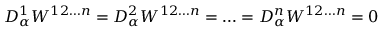
D _ { \alpha } ^ { 1 } W ^ { 1 2 \ldots n } = D _ { \alpha } ^ { 2 } W ^ { 1 2 \ldots n } = \ldots = D _ { \alpha } ^ { n } W ^ { 1 2 \ldots n } = 0